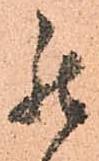
罷